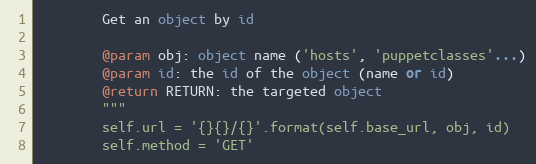
Language: Python
        Get an object by id

        @param obj: object name ('hosts', 'puppetclasses'...)
        @param id: the id of the object (name or id)
        @return RETURN: the targeted object
        """
        self.url = '{}{}/{}'.format(self.base_url, obj, id)
        self.method = 'GET'